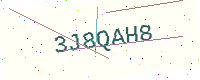
Text: 3J8QAH8